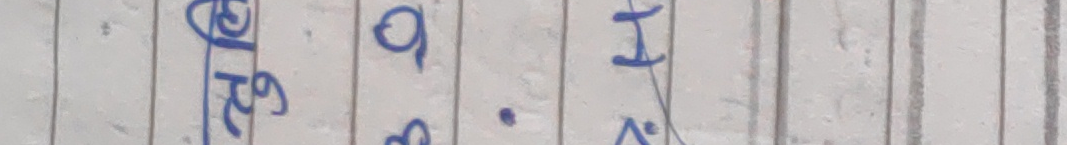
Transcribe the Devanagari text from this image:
आर. ९. I
अ